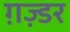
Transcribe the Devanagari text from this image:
ग़ज़्डर